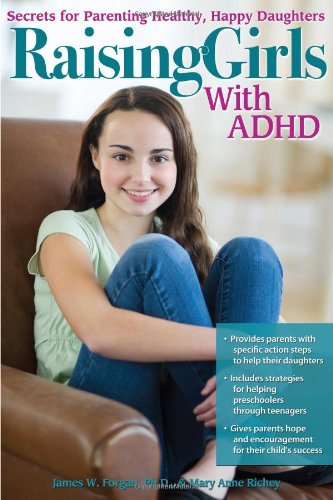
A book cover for Raising Girls with ADHD: Secrets for Parenting Healthy, Happy Daughters; James W. Forgan Ph.D.; Parenting & Relationships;